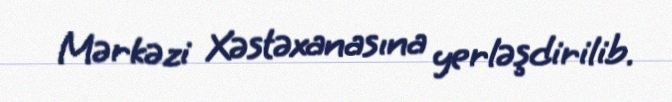
Mərkəzi Xəstəxanasına yerləşdirilib.